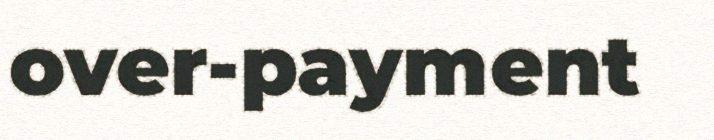
over-payment